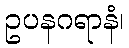
ဥပနဂရာနံ၊